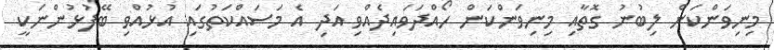
މިނިވަންކަން ލިބުނު ގޮތާއި މިނިވަންކަން ހޯއްދަވައިދެއްވި އަދި އެ މަސައްކަތުގައި އުޅުއްވި ބޭފުޅުންނަކީ